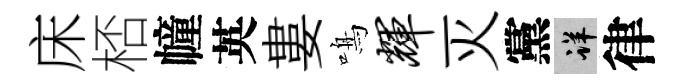
床桮幢英婁鳴辉灭黨详律